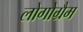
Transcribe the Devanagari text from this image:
लोगोग्रैम